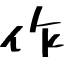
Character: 作